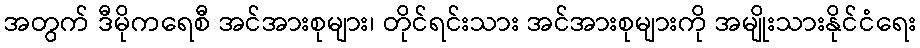
အတွက် ဒီမိုကရေစီ အင်အားစုများ၊ တိုင်ရင်းသား အင်အားစုများကို အမျိုးသားနိုင်ငံရေး